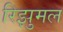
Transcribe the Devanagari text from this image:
रिझुमल